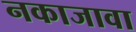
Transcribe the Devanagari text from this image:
नकाजावा